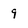
Character: 9